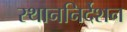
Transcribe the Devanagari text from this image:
स्थाननिर्देशन